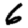
Digit: 6